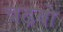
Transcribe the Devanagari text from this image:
चढ़बो